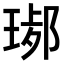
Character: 𤧢